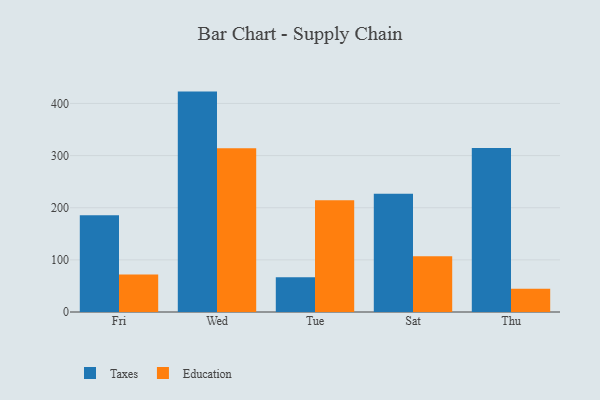
{"axis": {"x": "Day", "y": "Shipments"}, "legend": ["Education", "Taxes"], "data": [{"x": "Fri", "y": 185.7, "type": "Taxes"}, {"x": "Fri", "y": 72.1, "type": "Education"}, {"x": "Wed", "y": 422.7, "type": "Taxes"}, {"x": "Wed", "y": 314.2, "type": "Education"}, {"x": "Tue", "y": 66.5, "type": "Taxes"}, {"x": "Tue", "y": 214.4, "type": "Education"}, {"x": "Sat", "y": 226.8, "type": "Taxes"}, {"x": "Sat", "y": 107.0, "type": "Education"}, {"x": "Thu", "y": 314.5, "type": "Taxes"}, {"x": "Thu", "y": 44.6, "type": "Education"}]}